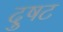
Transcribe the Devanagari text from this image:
दुषट